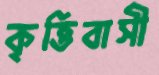
কৃত্তিবাসী